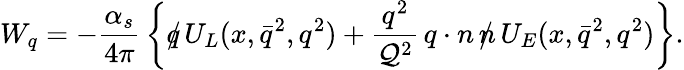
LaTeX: W_{q}=-{\frac{\alpha_{s}}{4\pi}}\left\{ \rlap{/}q\, U_{L}(x,\bar{q}^{2},q^{2})+{\frac{q^{2}}{{\cal Q}^{2}}}\, q\cdot n\, \rlap{/}n\, U_{E}(x,\bar{q}^{2},q^{2})\right\} .